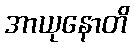
အာယုနောတိ